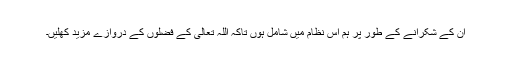
ان کے شکرانے کے طور پر ہم اس نظام میں شامل ہوں تاکہ اللہ تعالیٰ کے فضلوں کے دروازے مزید کھلیں۔